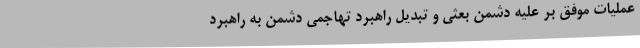
عملیات موفق بر علیه دشمن بعثی و تبدیل راهبرد تهاجمی دشمن به راهبرد